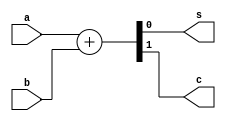
module HA1 (a, b, s, c);
 
	input a,b;
	output s,c;
	
	// Behavioral code
	assign {c, s} = a + b;
	
endmodule